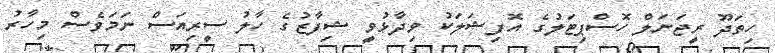
ހިތަދޫ ރީޖަނަލް ހޮސްޕިޓަލުގެ އޮފިޝަލަކު ވިދާޅުވީ ޝިފާޒުގެ ހާލު ސީރިއަސް ނަމަވެސް މިހާރު